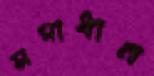
সমাধান